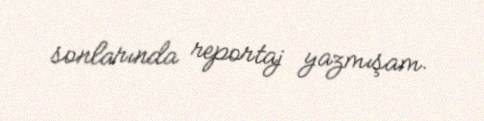
sonlarında reportaj yazmışam.